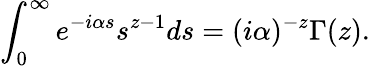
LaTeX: \int_{0}^{\infty}e^{-i\alpha s}s^{z-1}ds=(i\alpha)^{-z}\Gamma(z).